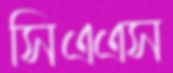
সিএএস